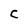
Character: C